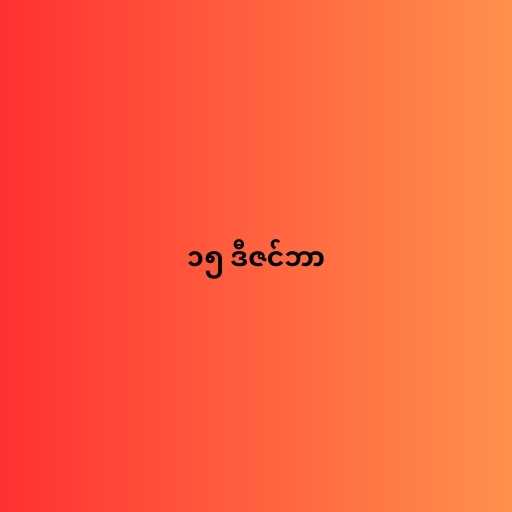
၁၅ ဒီဇင်ဘာ